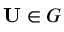
\mathbf { U } \in G